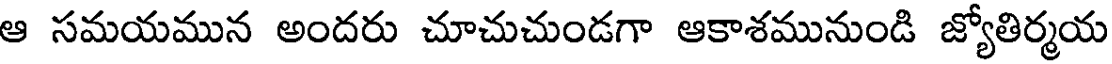
ఆ సమయమున అందరు చూచుచుండగా ఆకాశమునుండి జ్యోతిర్మయ